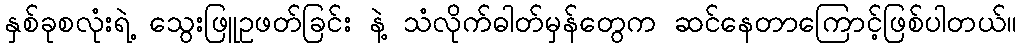
နှစ်ခုစလုံးရဲ့ သွေးဖြူဥဖတ်ခြင်း နဲ့ သံလိုက်ဓါတ်မှန်တွေက ဆင်နေတာကြောင့်ဖြစ်ပါတယ်။